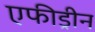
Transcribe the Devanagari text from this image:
एफीड्रीन